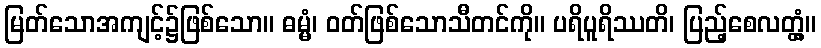
မြတ်သောအကျင့်၌ဖြစ်သော။ ဓမ္မံ၊ ဝတ်ဖြစ်သောသီတင်ကို။ ပရိပူရိဿတိ၊ ပြည့်စေလတ္တံ့။